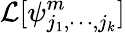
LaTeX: \mathcal{L}[\psi_{j_{1},\cdots,j_{k}}^{m}]